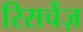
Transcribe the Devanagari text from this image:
रिसर्चेज़